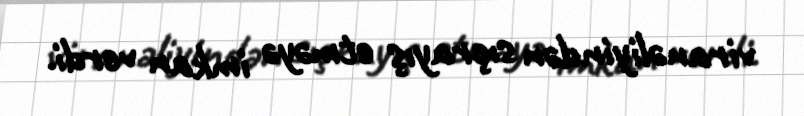
viranəliyindən sıçrayış etməyə imkan verdi.